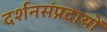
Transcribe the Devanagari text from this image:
दर्शनसंप्रदायों